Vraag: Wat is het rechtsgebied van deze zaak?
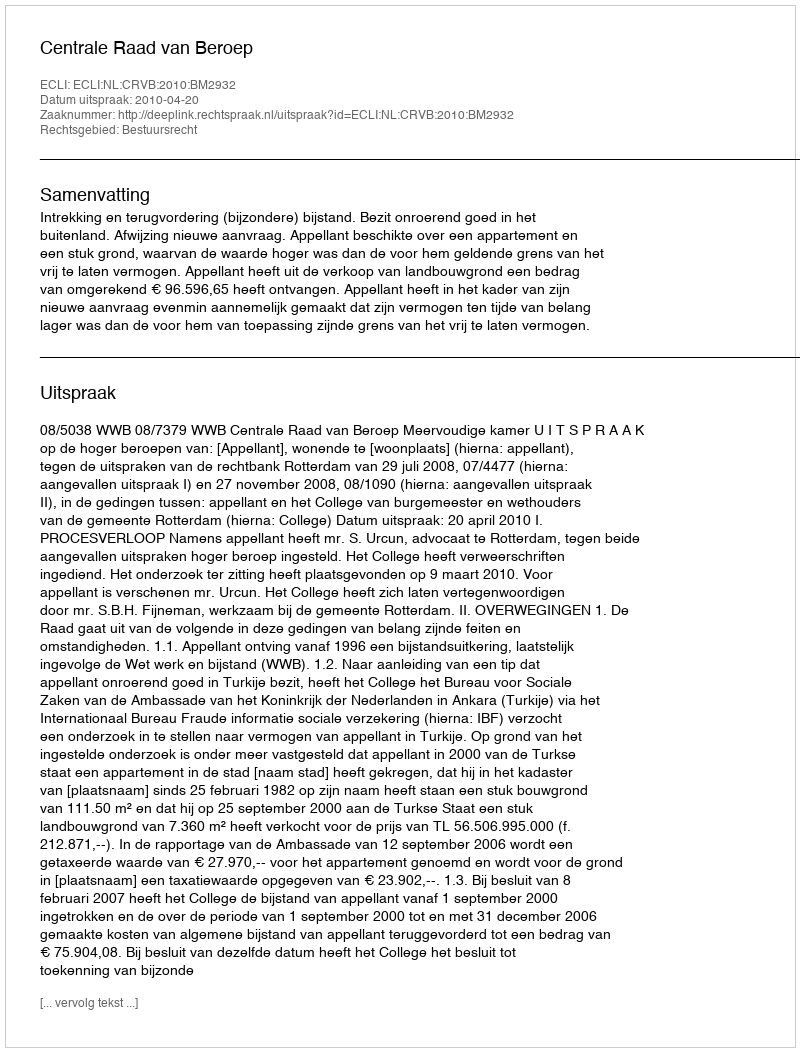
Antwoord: Bestuursrecht